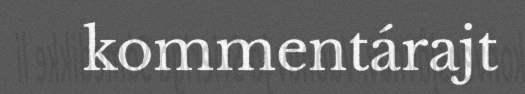
kommentárajt